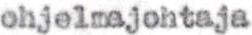
ohjelmajohtaja